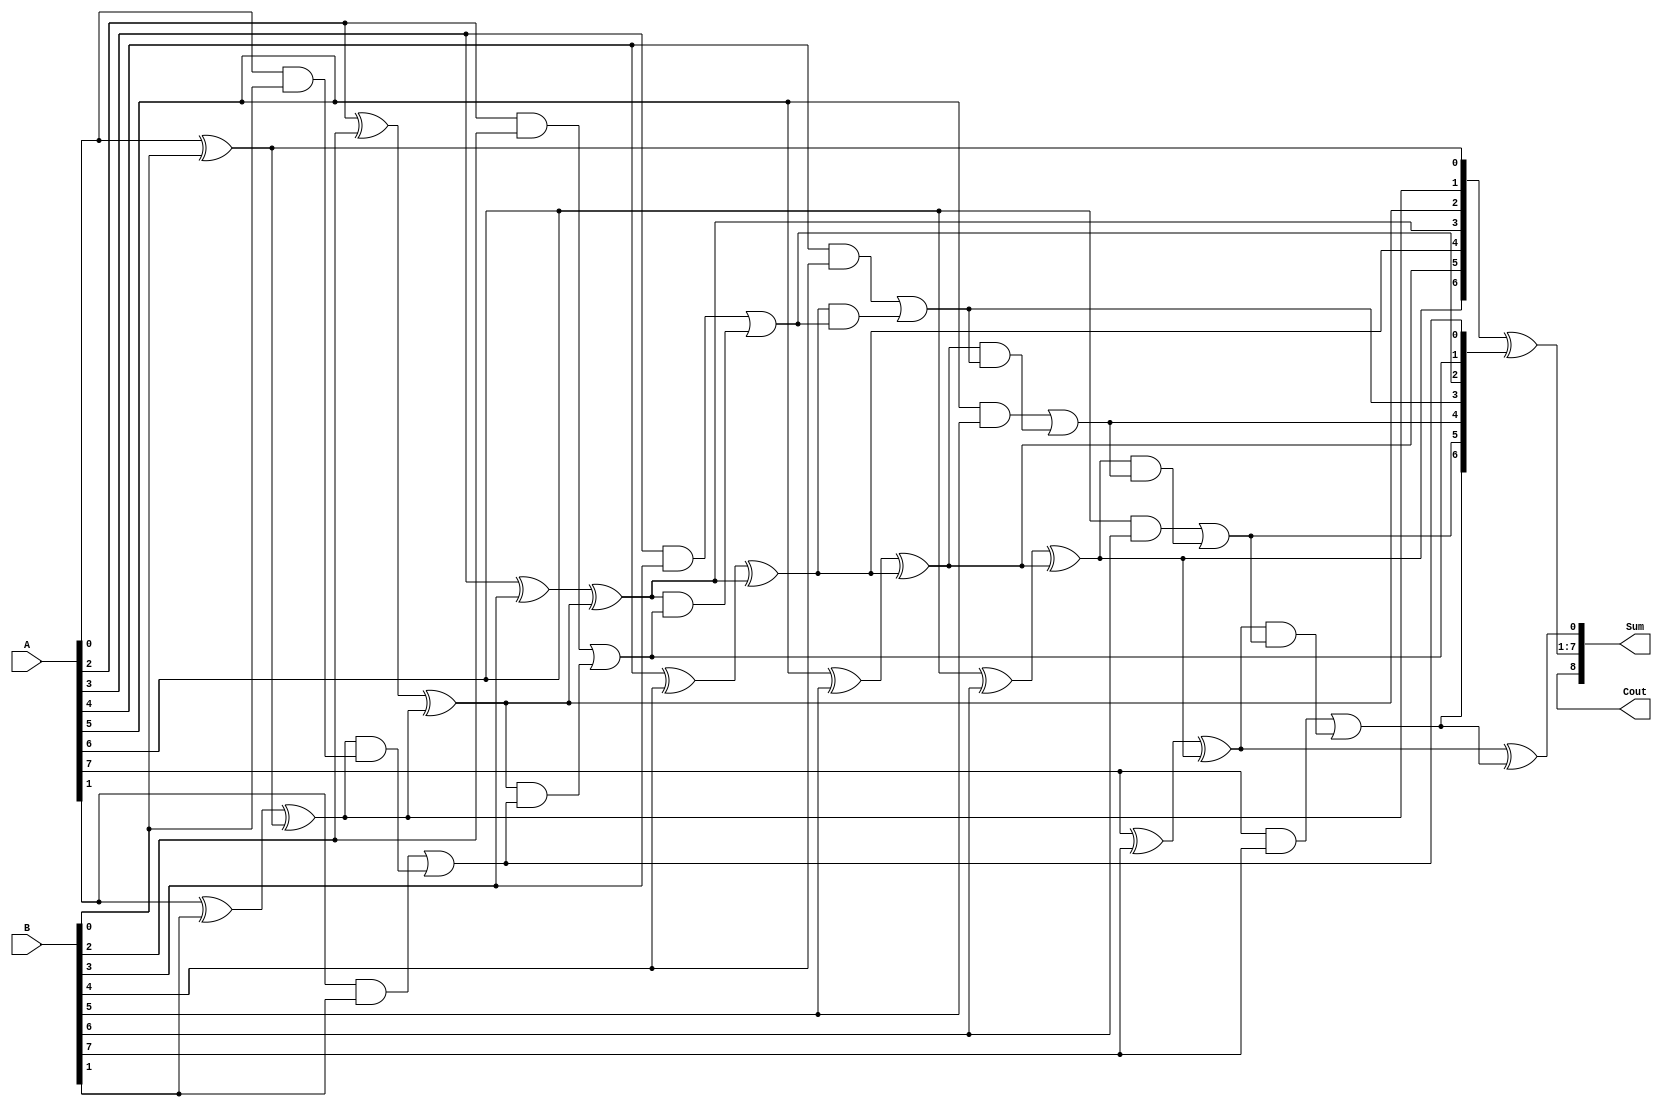
module kogge_stone_adder (
    input [7:0] A,
    input [7:0] B,
    output [8:0] Sum,
    output Cout
);

wire [7:0] P, G;
wire [8:0] C;

xor x_0 (P[0], A[0], B[0]);
and a_0 (G[0], A[0], B[0]);

assign C[0] = G[0];

genvar i;
generate
    for (i = 1; i < 8; i = i + 1) begin
        xor x (P[i], A[i] ^ B[i], P[i-1]);
        and a (G[i], A[i], B[i]);
        assign C[i] = G[i] | (P[i] & C[i-1]);
    end
endgenerate

assign Sum[0] = P[7] ^ C[7];
assign Sum[1:7] = P[6:0] ^ C[7:1];
assign Sum[8] = C[8];
assign Cout = C[8];

endmodule